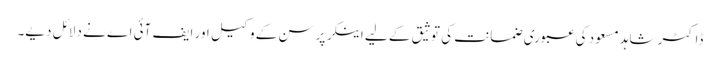
ڈاکٹر شاہد مسعود کی عبوری ضمانت کی توثیق کے لیے اینکر پرسن کے وکیل اور ایف آئی اے نے دلائل دیے۔